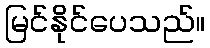
မြင်နိုင်ပေသည်။